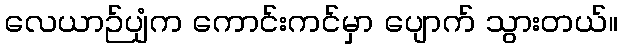
လေယာဉ်ပျံက ကောင်းကင်မှာ ပျောက် သွားတယ်။